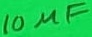
Text: 10µF